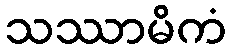
သဿာမိကံ